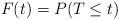
LaTeX: \begin{align*} F(t)=P(T\leq t) \end{align*}